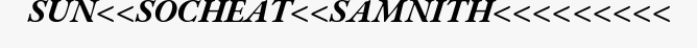
SUN<<SOCHEAT<<SAMNITH<<<<<<<<<